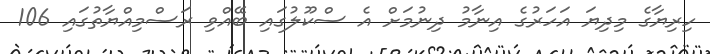
ހިރިޔާގެ މިދިޔަ އަހަރުގެ އިނާމު ދިނުމަށް އެ ސްކޫލުގައި ބޭއްވި ރަސްމިއްޔާތުގައި 106